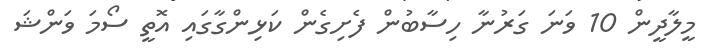
މީލާދީން 10 ވަނަ ގަރުނާ ހިސާބުން ފެށިގެން ކަޅިންގާގައި އޮތީ ސޯމަ ވަންޝަ